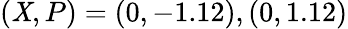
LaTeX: (\mathit{X},P)=(0,-1.12),(0,1.12)